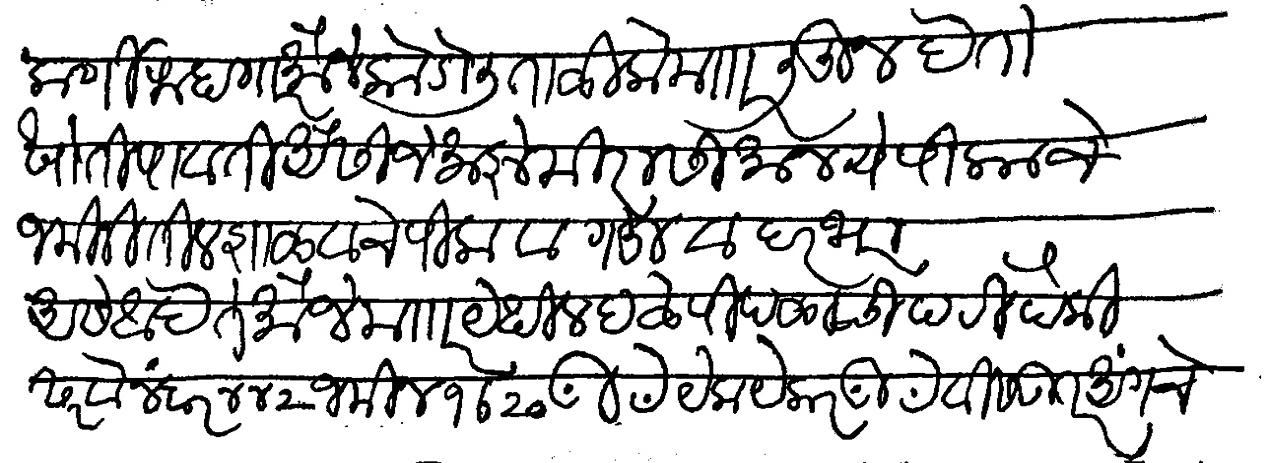
Transliteration (Devanagari): कुलकर्णी राहाणार मौजे कोडीली ताळुके मजकूर लिहून देतो खोती पावती अैसाजे माझे मिरासी मान्ये पीकाचे जमिनीतील शाळवाचे पीक व गहु व हरभरा असे आहे ते मौजे मजकूर येथील दळे पिंपळाची पटी पैकी सर्वे नं ४४२ जमीन १ आळं २० गुंठे येक येकर वीस गुंठे उतर अंगचे